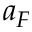
a _ { F }